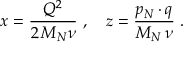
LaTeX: x = \frac { Q ^ { 2 } } { 2 \, M _ { N } \nu } \ , \ \ \ z = \frac { p _ { N } \cdot q } { M _ { N } \, \nu } \ .